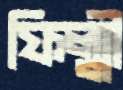
ফিল্মী